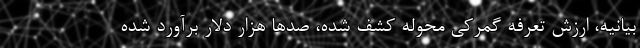
بیانیه، ارزش تعرفه گمرکی محوله کشف شده، صدها هزار دلار برآورد شده